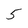
Character: 5